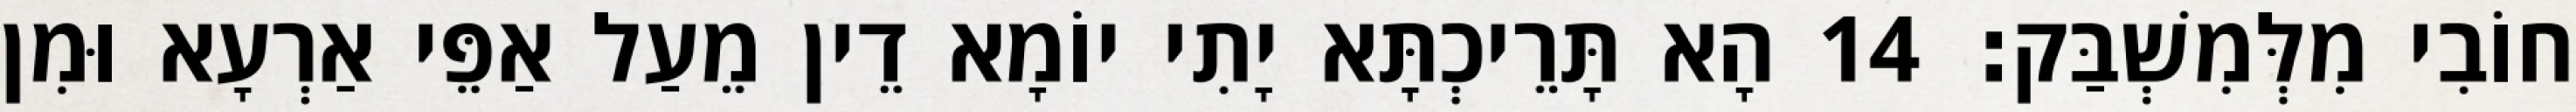
חוֹבִי מִלְּמִשְׁבַּק׃ 14 הָא תָּרֵיכְתָּא יָתִי יוֹמָא דֵין מֵעַל אַפֵּי אַרְעָא וּמִן